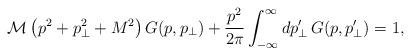
LaTeX: \begin{align*}\mathcal{M}\left(p^2+p_\perp^2+M^2\right)G(p,p_\perp)+\frac{p^2}{2\pi}\int_{-\infty}^\infty dp'_\perp\, G(p,p'_\perp)=1,\end{align*}